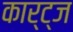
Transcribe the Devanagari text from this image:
कार्ट्ज